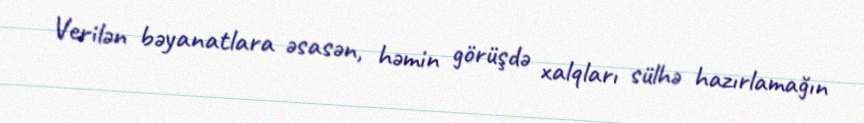
Verilən bəyanatlara əsasən, həmin görüşdə xalqları sülhə hazırlamağın